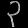
Digit: ၃